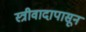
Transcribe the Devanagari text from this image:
स्त्रीवादापासून